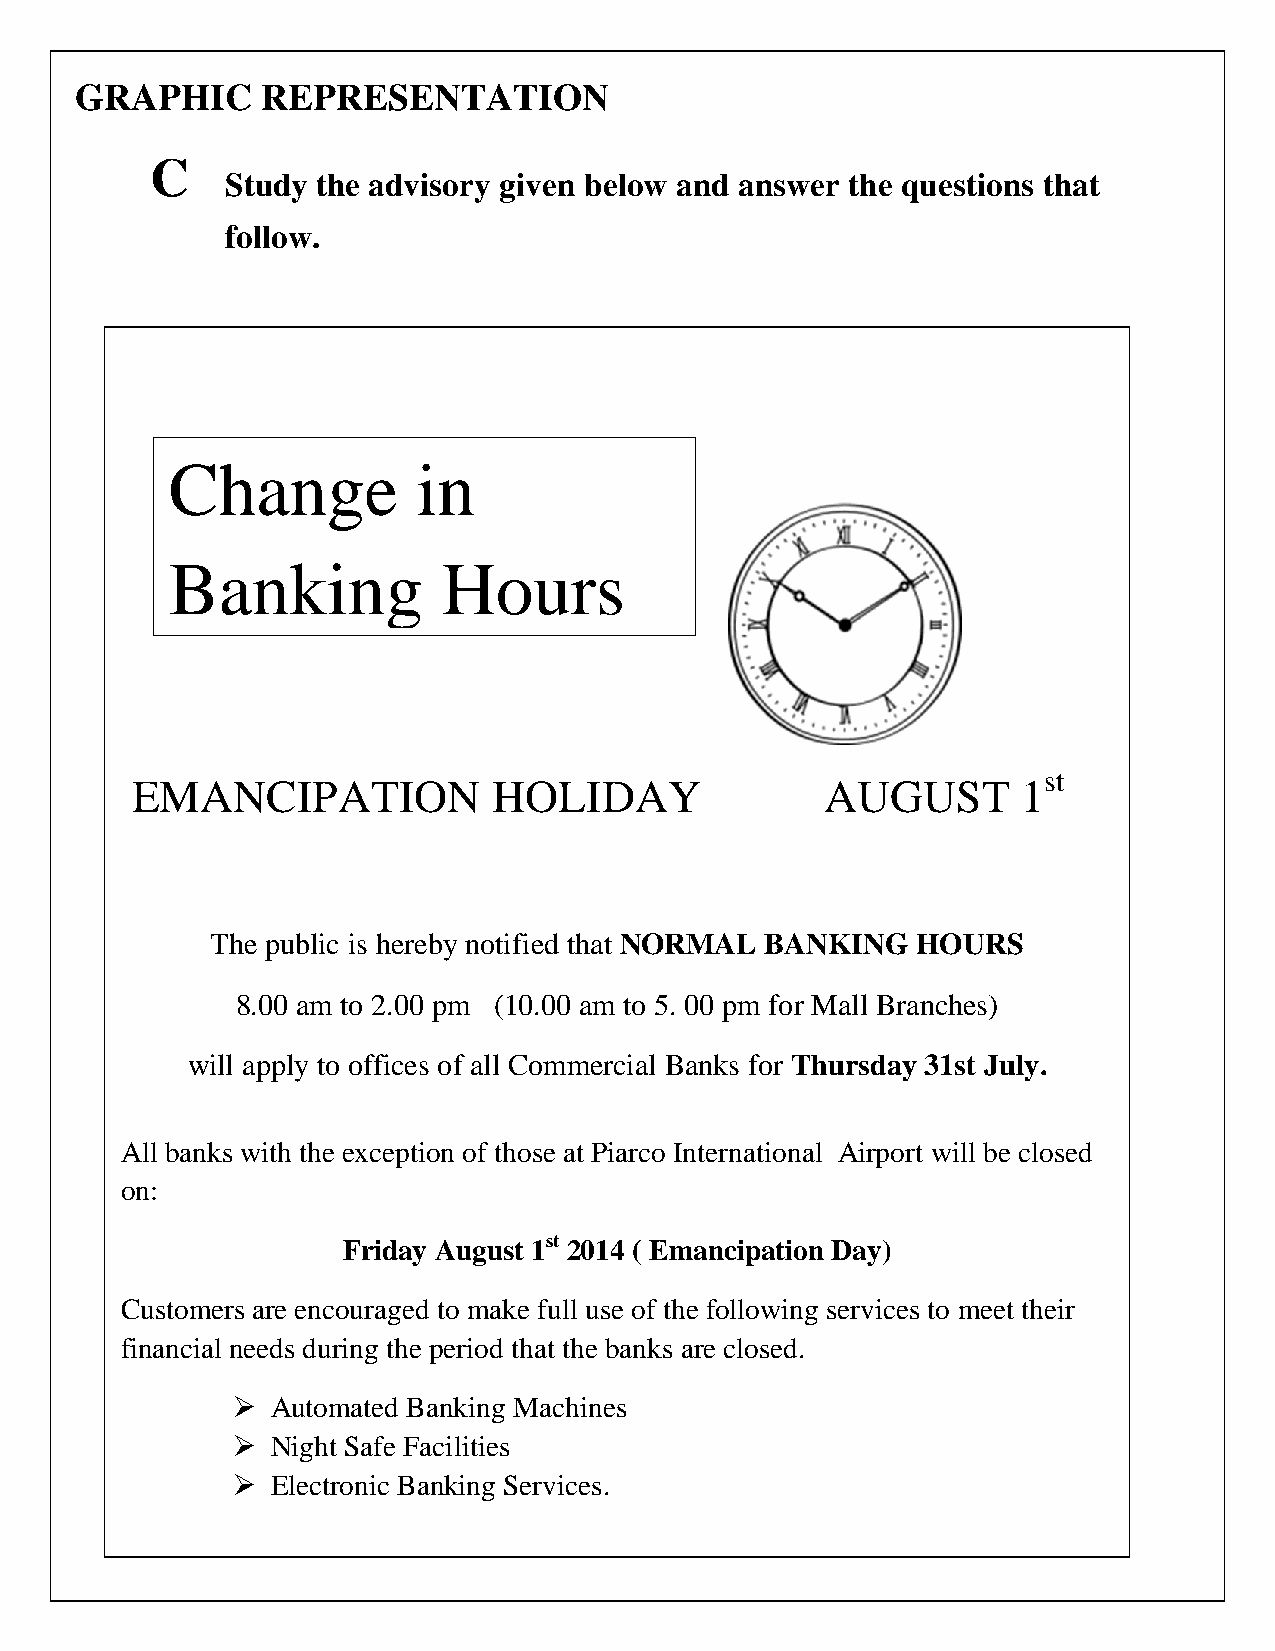
GRAPHIC     REPRESENTATION
 C
 Study the advisory given below and answer the questions that
 follow.
 Change           in
 Banking           Hours
 st
 EMANCIPATION            HOLIDAY               AUGUST       1
 The public is hereby notified that NORMAL BANKING HOURS
 8.00 am to 2.00 pm (10.00 am to 5. 00 pm for Mall Branches)
 will apply to offices of all Commercial Banks for Thursday 31st July.
 All banks with the exception of those at Piarco International Airport will be closed
 on:
 Friday August 1st 2014 ( Emancipation Day)
 Customers are encouraged to make full use of the following services to meet their
 financial needs during the period that the banks are closed.
   Automated Banking Machines
   Night Safe Facilities
   Electronic Banking Services.
 246